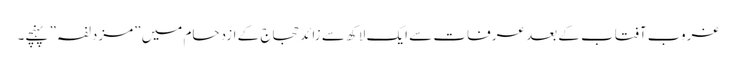
غروب آفتاب کے بعد عرفات سے ایک لاکھ سے زائد حجاج کے ازدحام میں ”مزدلفہ” پہنچے۔